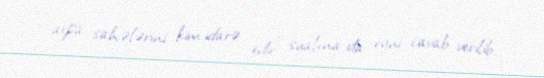
arpa sahələrini kim idarə edir” sualına da eyni cavab verilib.